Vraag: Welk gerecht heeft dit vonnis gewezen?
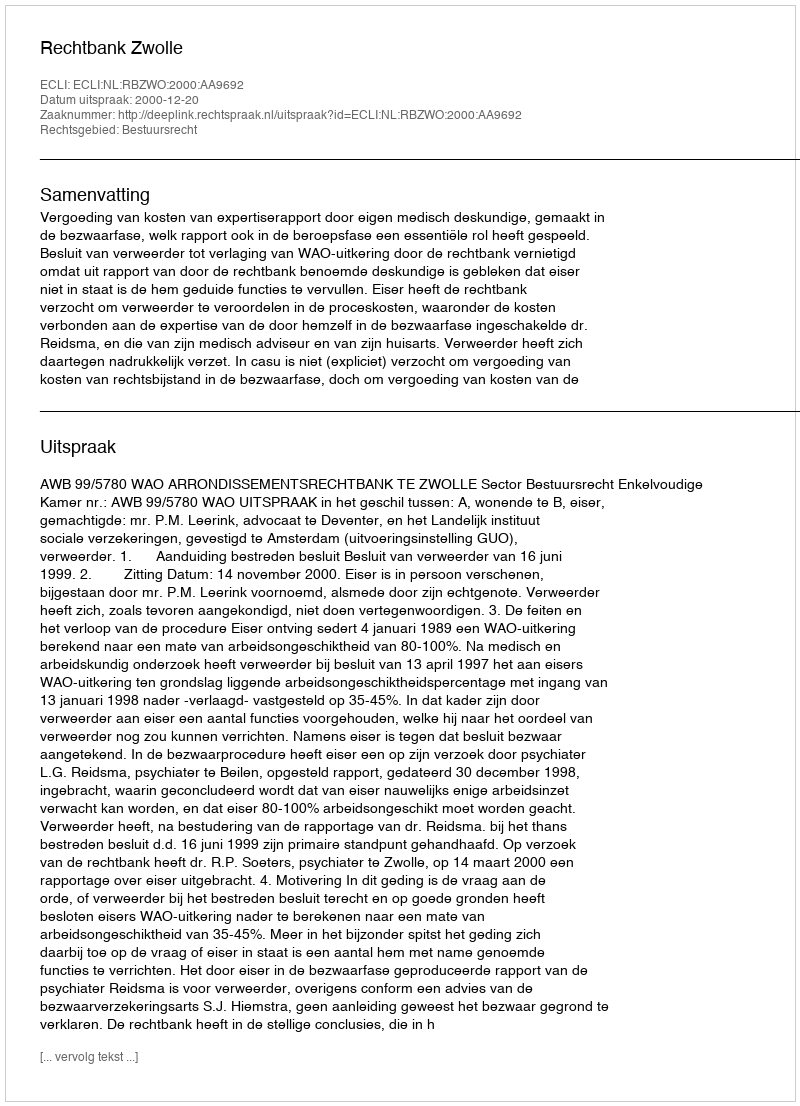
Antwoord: Rechtbank Zwolle